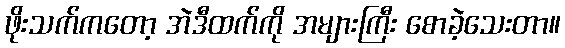
ဖိုးသက်ကတော့ အဲဒီထက်ကို အများကြီး စောခဲ့သေးတာ။